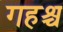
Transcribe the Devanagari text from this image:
गहश्च